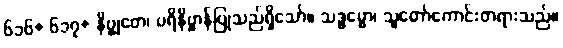
၆၁၆+ ၆၁၇+ နိဗ္ဗုတေ၊ ပရိနိဗ္ဗာန်ပြုသည်ရှိသော်။ သဒ္ဓမ္မော၊ သူတော်ကောင်းတရားသည်။